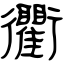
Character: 衢